Rules and regulations of the two years' vernacular class
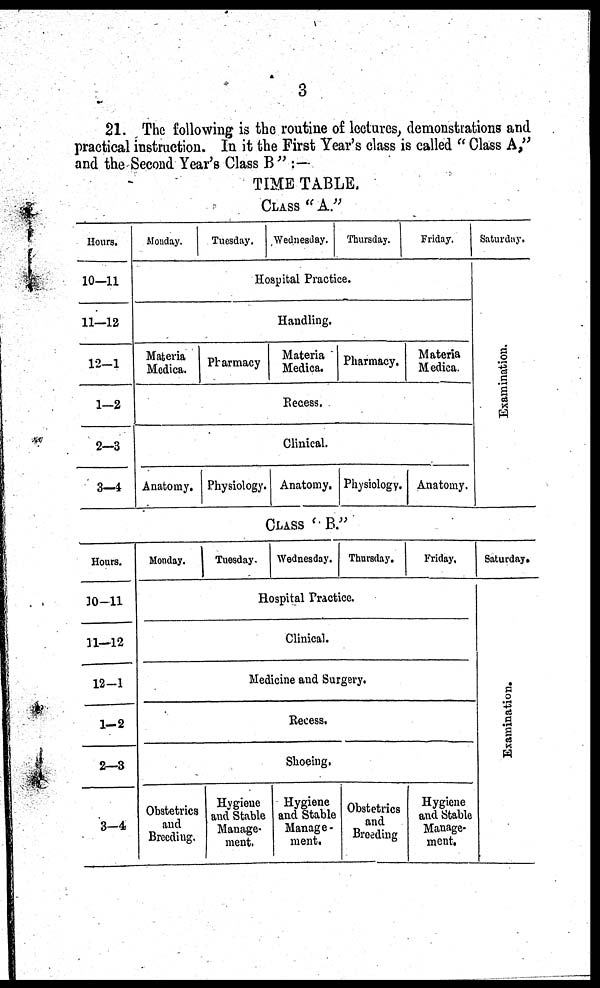
3
21. The following is the routine of lectures, demonstrations and
practical instruction. In it the First Year's class is called " Class A,"
and the Second Year's Class B" :—
TIME TABLE.
CLASS "A."
Hours.
10—11
11—12
12—1
1—2
2—3
3—4
Monday.
Materia
Medica.
Anatomy.
Tuesday.
Wednesday.
Thursday.
Hospital Practice.
Handling.
Pharmacy
Materia
Medica. Pharmacy.
Recess.
Clinical.
Physiology. Anatomy. Physiology.
Friday.
Materia
Medica.
Anatomy.
Saturday.
Examination.
CLASS "B."
Hours.
10—11
11—12
12—1
1—2
2—3
3—4
Monday.
Obstetrics
and
Breeding.
Tuesday. Wednesday. Thursday.
Hospital Practice.
Clinical.
Medicine and Surgery.
Recess.
Shoeing,
Hygiene
and Stable
Manage-
ment.
Hygiene
and Stable
Manage-
ment.
Obstetrics
and
Breeding
Friday.
Hygiene
and Stable
Manage-
ment.
Saturday.
Examination.